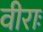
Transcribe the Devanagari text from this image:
वीराः